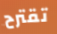
تقترح